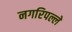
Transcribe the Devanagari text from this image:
नगरिपल्ले